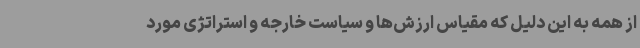
از همه به این دلیل که مقیاس ارزش‌ها و سیاست خارجه و استراتژی مورد